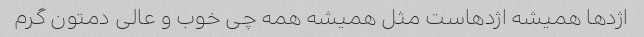
اژدها همیشه اژدهاست مثل همیشه همه چی خوب و عالی دمتون گرم